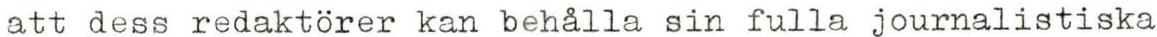
att dess redaktörer kan behålla sin fulla journalistiska